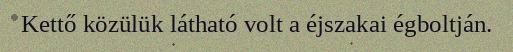
Kettő közülük látható volt a éjszakai égboltján.